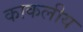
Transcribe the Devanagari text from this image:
काकलीय